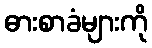
ဓားစာခံများကို